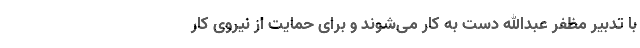
با تدبیر مظفر عبدالله دست به کار می‌شوند و برای حمایت از نیروی کار